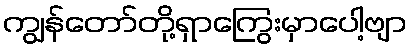
ကျွန်တော်တို့ရှာကြွေးမှာပေါ့ဗျာ